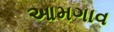
આમગાવ